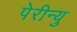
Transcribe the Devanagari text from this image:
पेरीन्यु